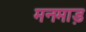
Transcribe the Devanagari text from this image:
मनमाड़